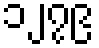
၁၂၇၉